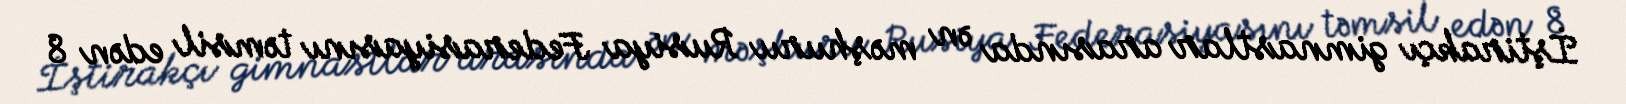
İştirakçı gimnastlar arasında ən məşhuru Rusiya Federasiyasını təmsil edən 8